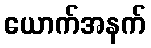
ယောက်အနက်